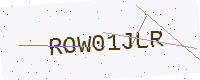
Text: ROW01JLR